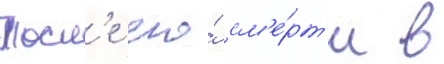
Посл'е его́ см'е́рт'и в